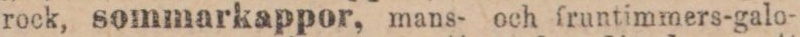
rock, sommarkappor, mans- och fruntimmers-galo-